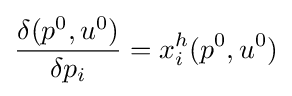
{\frac {\delta (p^{0},u^{0})}{\delta p_{i}}}=x_{i}^{h}(p^{0},u^{0})